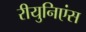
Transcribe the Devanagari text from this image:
रीयुनिएंस